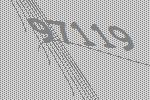
97119